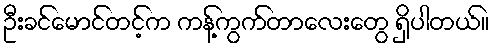
ဦးခင်မောင်တင့်က ကန့်ကွက်တာလေးတွေ ရှိပါတယ်။